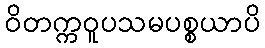
ဝိတက္ကဝူပသမပစ္စယာပိ